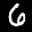
Label: 6